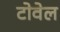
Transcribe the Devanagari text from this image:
टोवेल